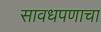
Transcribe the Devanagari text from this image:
सावधपणाचा